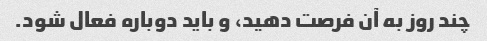
چند روز به آن فرصت دهید، و باید دوباره فعال شود.